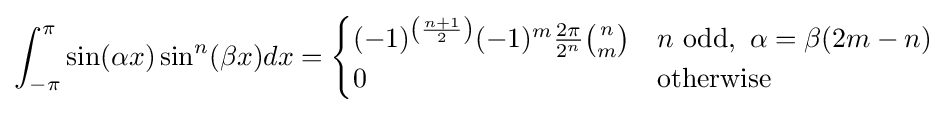
\int _{-\pi }^{\pi }\sin(\alpha x)\sin ^{n}(\beta x)dx={\begin{cases}(-1)^{\left({\frac {n+1}{2}}\right)}(-1)^{m}{\frac {2\pi }{2^{n}}}{\binom {n}{m}}&n{\text{ odd}},\ \alpha =\beta (2m-n)\\0&{\text{otherwise}}\end{cases}}